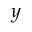
y